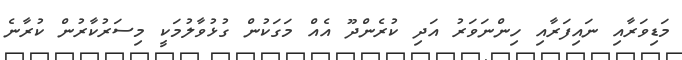
މަޑިވަރާއި ނައިފަރާއި ހިންނަވަރު އަދި ކުރެންދޫ އެއް މަގަކުން ގުޅުވާލުމަކީ މިސަރުކާރުން ކުރާނެ